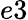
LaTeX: e3